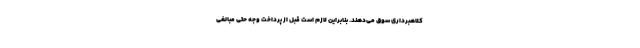
کلاهبرداری سوق می‌دهند. بنابراین لازم است قبل از پرداخت وجه حتی مبالغی